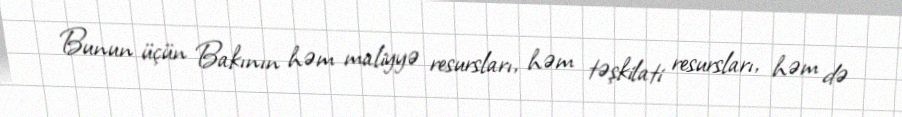
Bunun üçün Bakının həm maliyyə resursları, həm təşkilati resursları, həm də